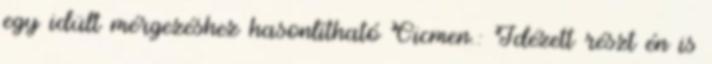
egy idült mérgezéshez hasonlítható Cicmen.: Idézett részt én is